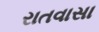
રાતવાસા